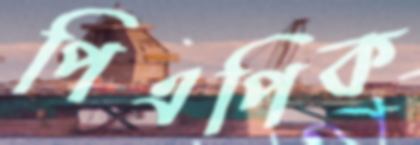
পিএপিক